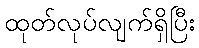
ထုတ်လုပ်လျက်ရှိပြီး